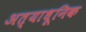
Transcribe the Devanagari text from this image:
अत्याधूनिक